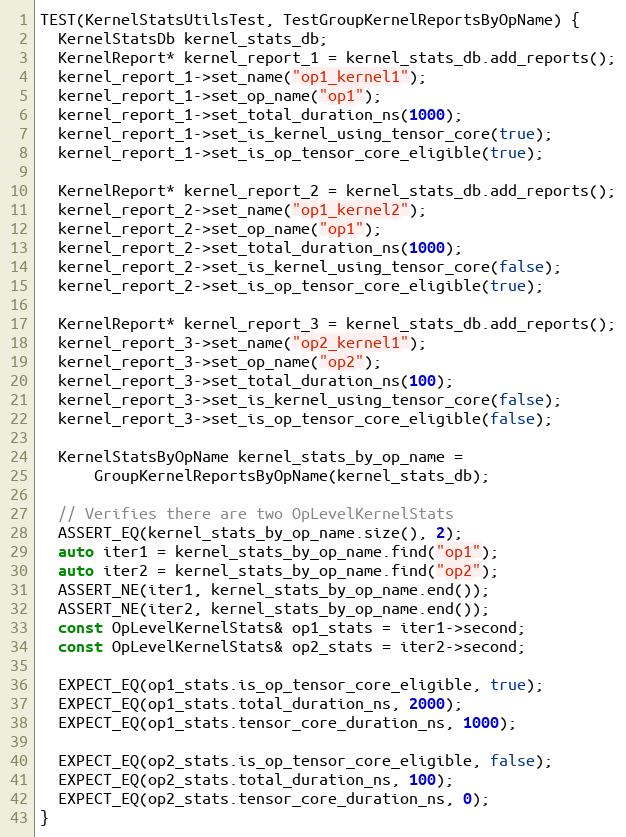
Language: C++
TEST(KernelStatsUtilsTest, TestGroupKernelReportsByOpName) {
  KernelStatsDb kernel_stats_db;
  KernelReport* kernel_report_1 = kernel_stats_db.add_reports();
  kernel_report_1->set_name("op1_kernel1");
  kernel_report_1->set_op_name("op1");
  kernel_report_1->set_total_duration_ns(1000);
  kernel_report_1->set_is_kernel_using_tensor_core(true);
  kernel_report_1->set_is_op_tensor_core_eligible(true);

  KernelReport* kernel_report_2 = kernel_stats_db.add_reports();
  kernel_report_2->set_name("op1_kernel2");
  kernel_report_2->set_op_name("op1");
  kernel_report_2->set_total_duration_ns(1000);
  kernel_report_2->set_is_kernel_using_tensor_core(false);
  kernel_report_2->set_is_op_tensor_core_eligible(true);

  KernelReport* kernel_report_3 = kernel_stats_db.add_reports();
  kernel_report_3->set_name("op2_kernel1");
  kernel_report_3->set_op_name("op2");
  kernel_report_3->set_total_duration_ns(100);
  kernel_report_3->set_is_kernel_using_tensor_core(false);
  kernel_report_3->set_is_op_tensor_core_eligible(false);

  KernelStatsByOpName kernel_stats_by_op_name =
      GroupKernelReportsByOpName(kernel_stats_db);

  // Verifies there are two OpLevelKernelStats
  ASSERT_EQ(kernel_stats_by_op_name.size(), 2);
  auto iter1 = kernel_stats_by_op_name.find("op1");
  auto iter2 = kernel_stats_by_op_name.find("op2");
  ASSERT_NE(iter1, kernel_stats_by_op_name.end());
  ASSERT_NE(iter2, kernel_stats_by_op_name.end());
  const OpLevelKernelStats& op1_stats = iter1->second;
  const OpLevelKernelStats& op2_stats = iter2->second;

  EXPECT_EQ(op1_stats.is_op_tensor_core_eligible, true);
  EXPECT_EQ(op1_stats.total_duration_ns, 2000);
  EXPECT_EQ(op1_stats.tensor_core_duration_ns, 1000);

  EXPECT_EQ(op2_stats.is_op_tensor_core_eligible, false);
  EXPECT_EQ(op2_stats.total_duration_ns, 100);
  EXPECT_EQ(op2_stats.tensor_core_duration_ns, 0);
}